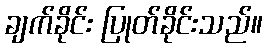
ချက်ခိုင်း ပြုတ်ခိုင်းသည်။